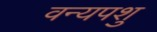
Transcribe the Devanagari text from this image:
वन्यपशु